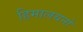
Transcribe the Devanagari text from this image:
हिमालयनो